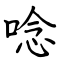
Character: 唸